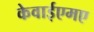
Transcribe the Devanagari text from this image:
केवाईएमए